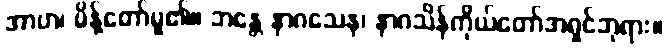
အာဟ၊ မိန့်တော်မူ၏။ ဘန္တေ နာဂသေန၊ နာဂသိန်ကိုယ်တော်အရှင်ဘုရား။